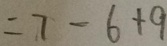
= 7 - 6 + 9